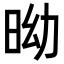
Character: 𣅺